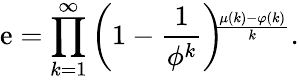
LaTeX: \mathrm{e}=\prod_{k=1}^{\infty}\left(1-{\frac{{1}}{{\phi^{k}}}}\right)\! \! ^{\frac{{\mu(k)-\varphi(k)}}{{k}}}.